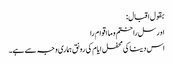
بقول اقبال:
او رسل را ختم و ما اقوام را
اس دینا کی محفل ایام کی رونق ہماری وجہ سے ہے۔